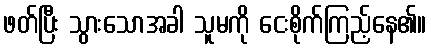
ဖတ်ပြီး သွားသောအခါ သူမကို ငေးစိုက်ကြည့်နေ၏။